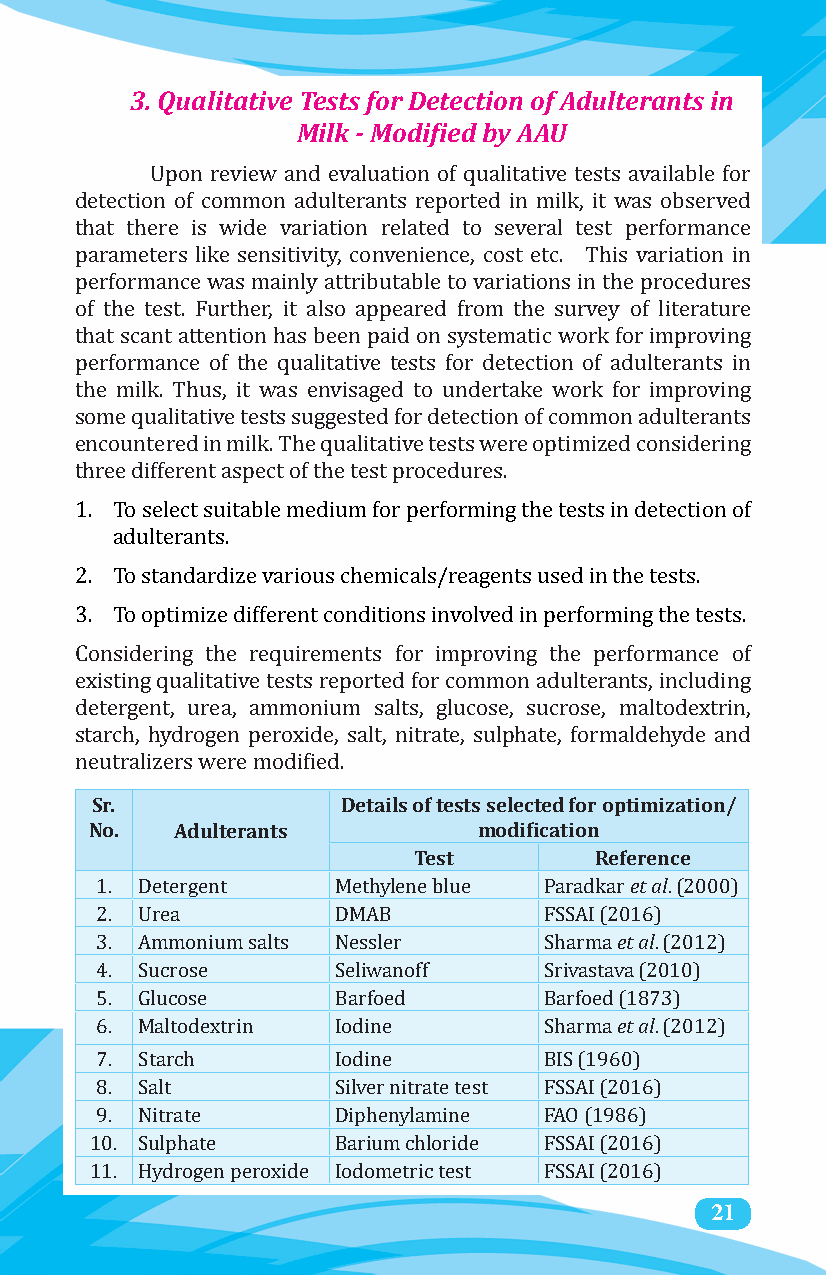
3. Qualitative Tests for Detection of Adulterants in
 Milk - Modified by AAU
 Upon review and evaluation of qualitative tests available for
 detection of common adulterants reported in milk, it was observed
 that there is wide variation related to several test performance
 parameters like sensitivity, convenience, cost etc. This variation in
 performance was mainly attributable to variations in the procedures
 of the test. Further, it also appeared from the survey of literature
 that scant attention has been paid on systematic work for improving
 performance of the qualitative tests for detection of adulterants in
 the milk. Thus, it was envisaged to undertake work for improving
 some qualitative tests suggested for detection of common adulterants
 encountered in milk. The qualitative tests were optimized considering
 three different aspect of the test procedures.
 1. To select suitable medium for performing the tests in detection of
 adulterants.
 2. To standardize various chemicals/reagents used in the tests.
 3. To optimize different conditions involved in performing the tests.
 Considering the requirements for improving the performance of
 existing qualitative tests reported for common adulterants, including
 detergent, urea, ammonium salts, glucose, sucrose, maltodextrin,
 starch, hydrogen peroxide, salt, nitrate, sulphate, formaldehyde and
 neSur.t ralizers were modified.D etails of tests selected for optimization/
 No.   Adulterants         modification
 Test        Reference
 et al
 1. Detergent    Methylene blue Paradkar . (2000)
 et al
 2. Urea         DMAB          FSSAI (2016)
 3. Ammonium salts Nessler     Sharma . (2012)
 4. Sucrose      Seliwanoff    Srivastava (2010)
 et al
 5. Glucose      Barfoed       Barfoed (1873)
 6. Maltodextrin Iodine        Sharma . (2012)
 7. Starch       Iodine        BIS (1960)
 8. Salt         Silver nitrate test FSSAI (2016)
 9. Nitrate      Diphenylamine FAO (1986)
 10. Sulphate    Barium chloride FSSAI (2016)
 11. Hydrogen peroxide Iodometric test FSSAI (2016) 21